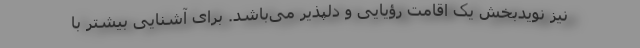
نیز نویدبخش یک اقامت رؤیایی و دلپذیر می‌باشد. برای آشنایی بیشتر با